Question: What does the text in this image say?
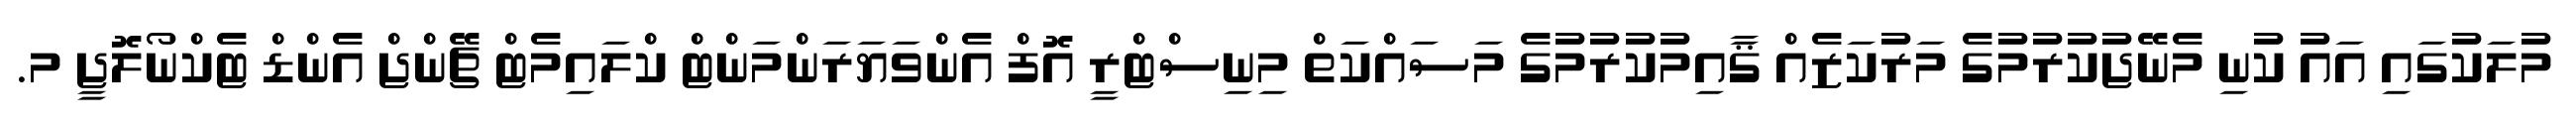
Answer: މުލަކުގައި އައު ކުނި މެނޭޖުކުރުމުގެ މަރުކަޒެއް ޤާއިމުކުރުމުގެ މަސައްކަތް މިނިސްޓްރީ އޮފް އެންވަޔަރަންމަންޓް ކްލައިމެޓް ޗޭންޖް އެންޑް ޓެކްނޯލޮޖީ މ.